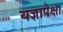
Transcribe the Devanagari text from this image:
यज्ञापेक्षा